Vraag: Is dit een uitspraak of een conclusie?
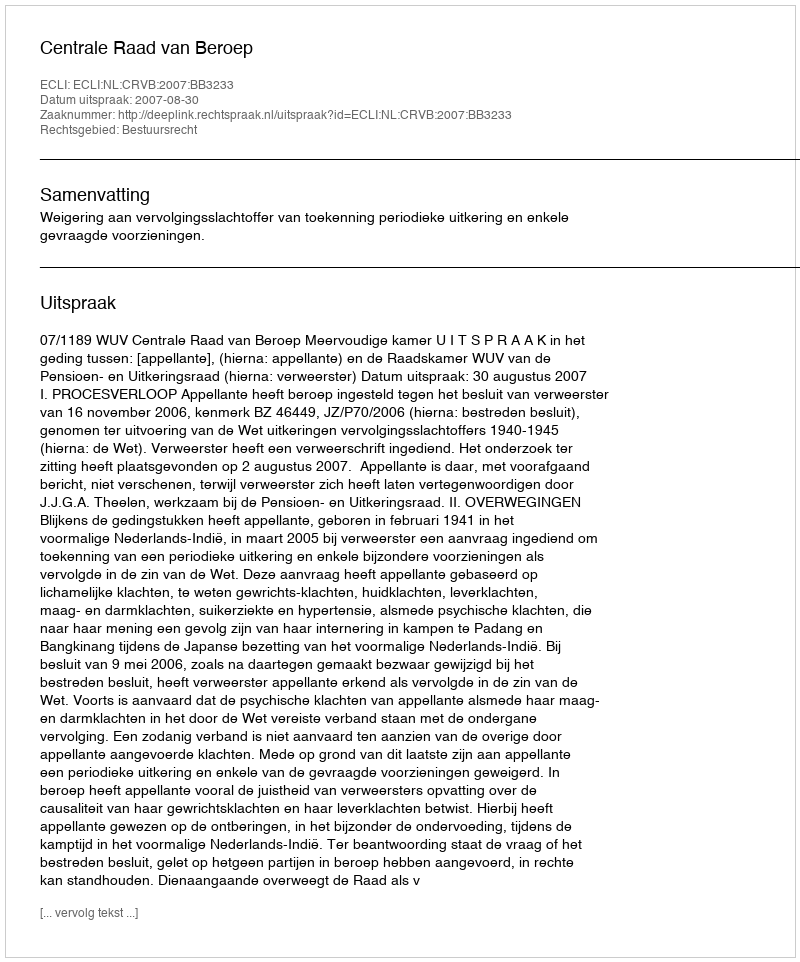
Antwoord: Uitspraak